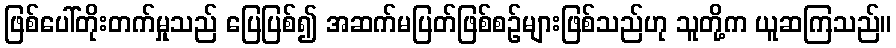
ဖြစ်ပေါ်တိုးတက်မှုသည် ပြေပြစ်၍ အဆက်မပြတ်ဖြစ်စဉ်များဖြစ်သည်ဟု သူတို့က ယူဆကြသည်။